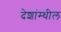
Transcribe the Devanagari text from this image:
देशांम्धील